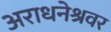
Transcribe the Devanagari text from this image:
अराधनेश्रवर